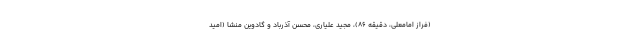
(فراز امامعلی، دقیقه ۸۶)، مجید علیاری، محسن آذرباد و گادوین منشا (امید